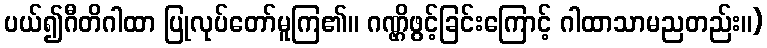
ပယ်၍ဂီတိဂါထာ ပြုလုပ်တော်မူကြ၏။ ဂဏ္ဌိဖွင့်ခြင်းကြောင့် ဂါထာသာမညတည်း။)